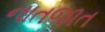
નાતજાત